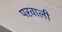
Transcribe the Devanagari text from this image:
परवाली